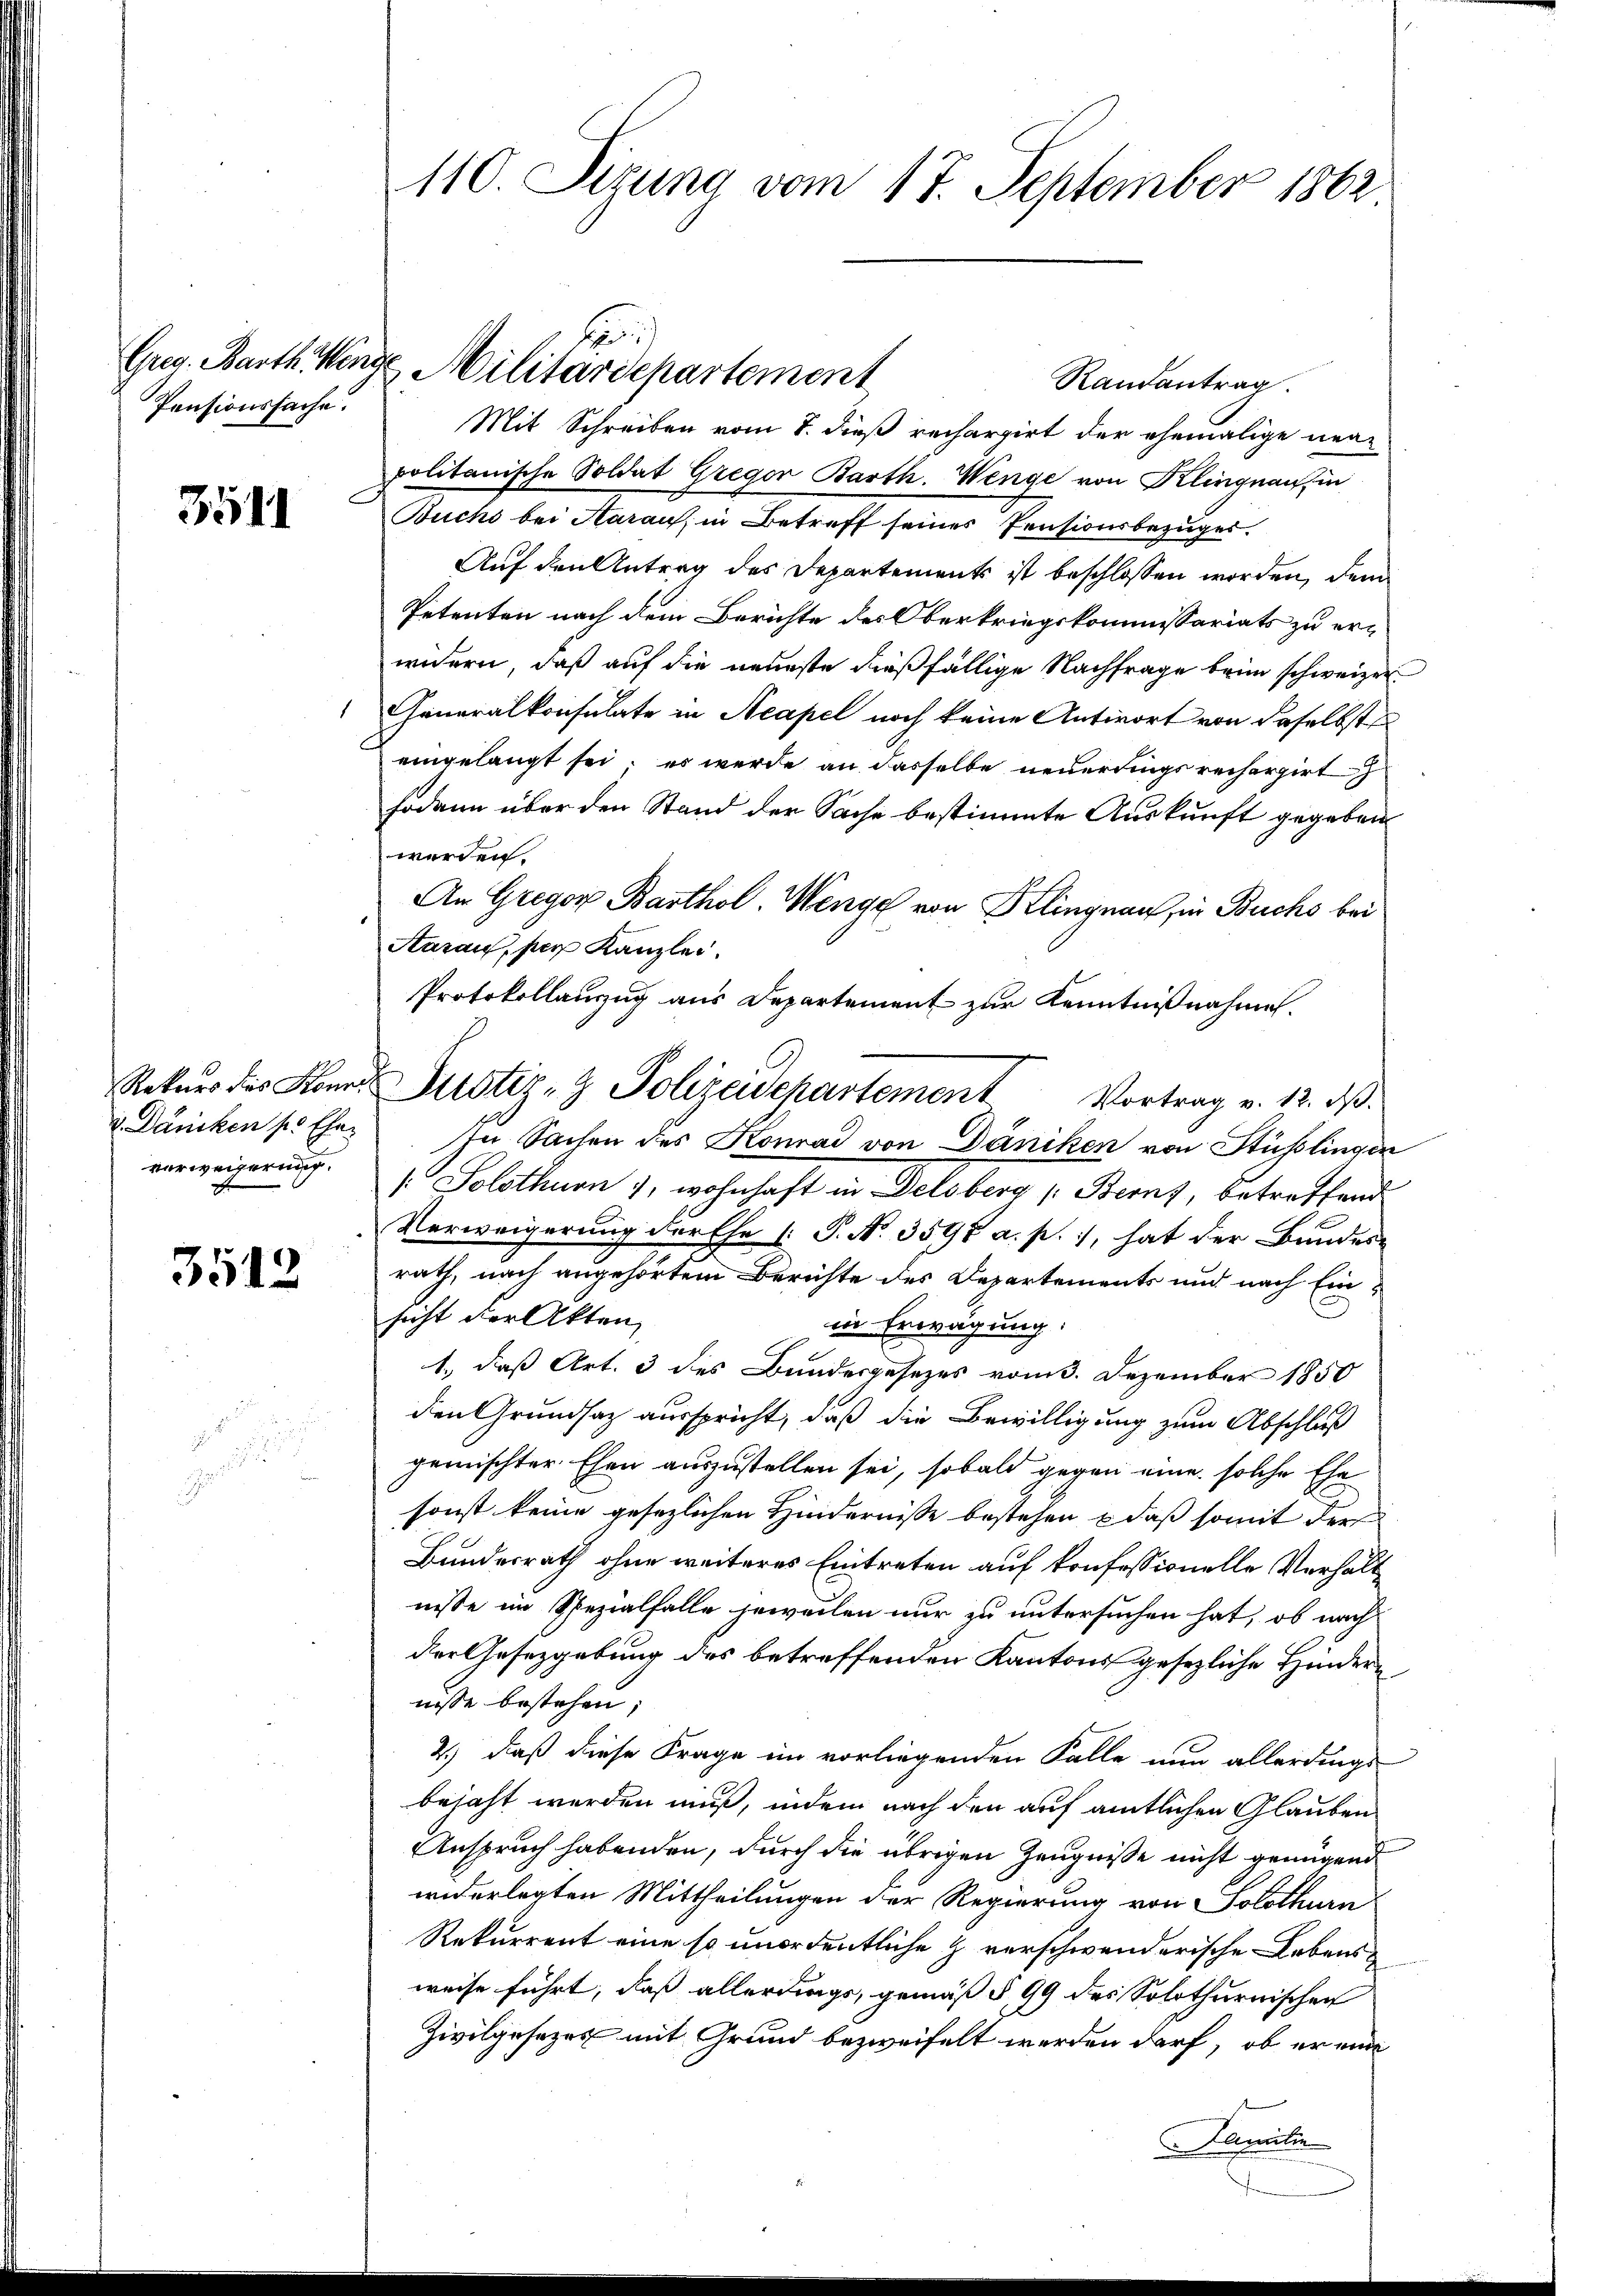
Pensionssache.

3541

Rekurs des Konr
 Däniken pr Eheverweigerung.

3512

110. Sizung vom 17. September 1862

Randantrag
Mit Schreiben vom 8. dieß rechargirt der ehemalige neupolitanische Soldat Gregor Barth. Wenge von Klingnau, in
Buchs bei Aarau, in Betreff seines Pensionsbezuges.
Auf den Antrag des Departements ist beschlossen worden, dem
Petenten nach dem Berichte des Oberkriegskommissariats zu erwidern, daß auf die neueste dießfällige Nachfrage beim schweizer¬
Generalkonsulate in Acapel noch keine Antwort von daselbst
eingelangt sei; es werde an dasselbe neuerdings rechargirt
sodann über den Stand der Sache bestimmte Auskunft gegeben
werden.
An Gregor Barthol. Wenge von Klingnau, in Buchs bei
Aarau, per Kanzlei.
Protokollanzug aus Departement zur Kenntnißnahmen.
Justiz- & Polizeidepartement Vortrag v. 12. ds.
In Sachen des Konrad von Däniken von Stüsslingen
[: Solothurn , wohnhaft in Delsberg (Berns, betreffend
Verweigerung der Ehe (: P. Nr. 3598 a. p. 1, hat der Bundes-
rath, nach angehörtem Berichte des Departements und nach Ein-
.
sicht der Akten,
in Erwägung:
1., daß Art. 3 des Bundesgesezes vom 3. Dezember 1850
den Grundsaz ausspricht, daß die Bewilligung zum Abschluß
gemischter Ehen auszustellen sei, sobald gegen eine solche Ehe
sonst keine gesezlichen Hindernisse bestehen, daß somit der
Bundesrath ohne weiteres Eintreten auf konfessionelle Verhält
nisse im Spezialfalle jeweilen nur zu untersuchen hat, ob nach
der Gesetzgebung des betreffenden Kantons gesezliche Hindere
nisse bestehen;
2.) daß diese Frage im vorliegenden Falle nun allerdings
bejaht werden muß, indem nach den auf amtlichen Glauben
Anspruch habenden, durch die übrigen Zeugnisse nicht genügend
widerlegten Mittheilungen der Regierung von Solothurn
Rekurrent eine so unordentliche Z. verschwenderische Lebensweise führt, daß allerdings, gemäß § 99 des Solothurnischen
Zivilgesezes mit Grund bezweifelt werden darf, ob er ein
Familie

Greg. Barth Winde Militärdepartement